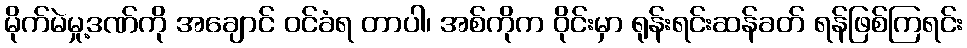
မိုက်မဲမှု့ဒဏ်ကို အချောင် ဝင်ခံရ တာပါ၊ အစ်ကိုက ဝိုင်းမှာ ရုန်းရင်းဆန်ခတ် ရန်ဖြစ်ကြရင်း